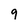
Character: 9